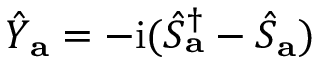
\hat { Y } _ { \mathbf { a } } = - \mathrm { i } ( \hat { S } _ { \mathbf { a } } ^ { \dagger } - \hat { S } _ { \mathbf { a } } )